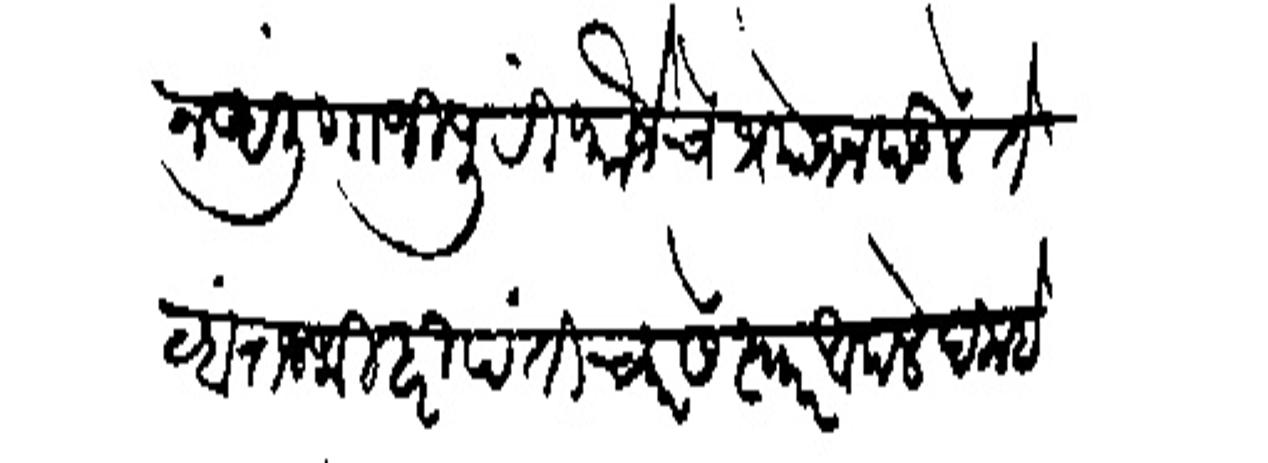
Transliteration (Devanagari): न आली गाजीपुरी फौजेचे प्रयोजन पडलें तेव्हां राजथी हरिपंती च्यारसे स्वार आपले दिल्हेच्यार